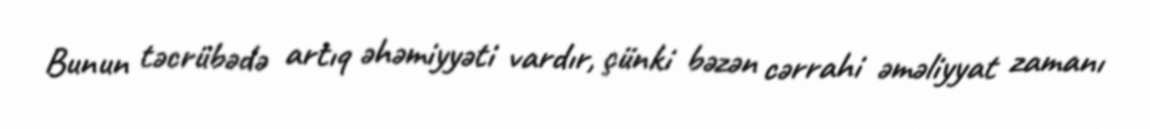
Bunun təcrübədə artıq əhəmiyyəti vardır, çünki bəzən cərrahi əməliyyat zamanı